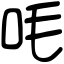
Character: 㕰